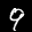
Label: 9